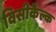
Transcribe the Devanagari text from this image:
विसीकैल्क